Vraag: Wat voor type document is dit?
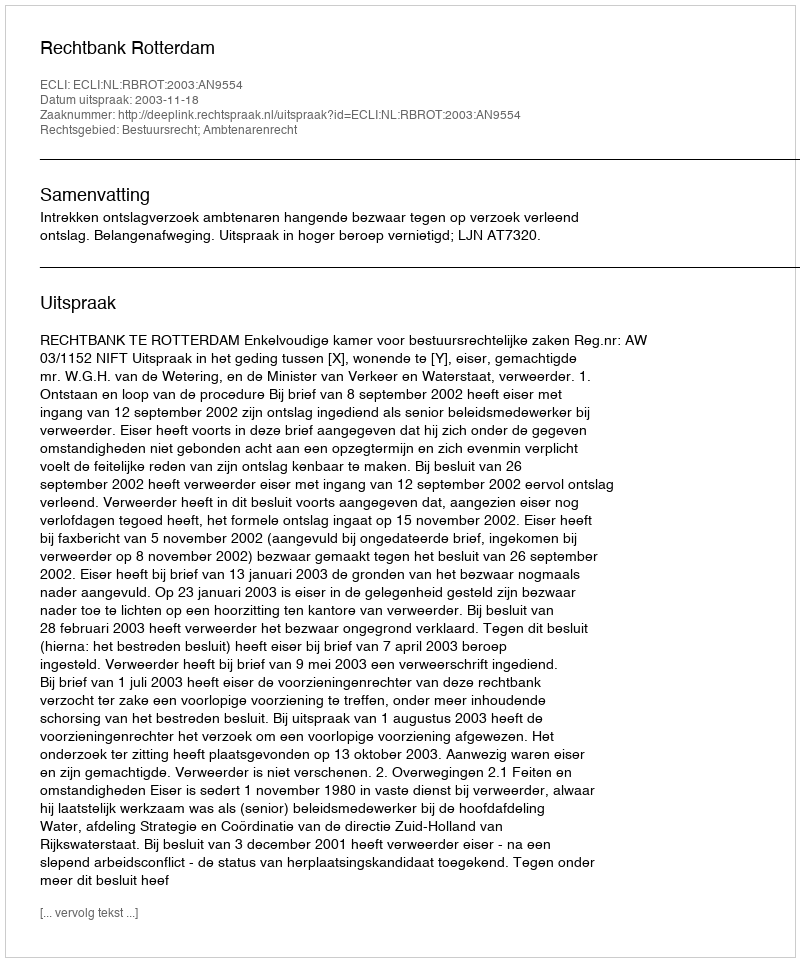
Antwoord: Uitspraak